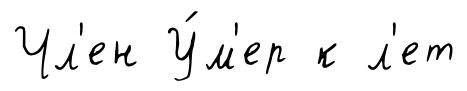
Чл'ен У́м'ер к л'ет